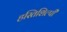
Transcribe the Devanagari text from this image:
हस्तिशिल्पी